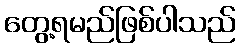
တွေ့ရမည်ဖြစ်ပါသည်